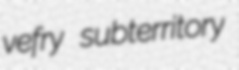
vefry subterritory